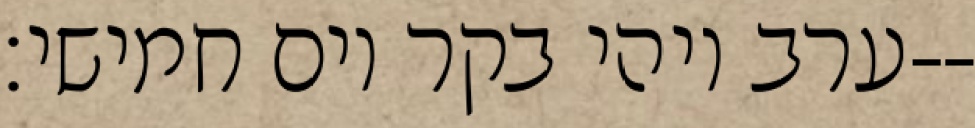
ערב ויהי בקר יום חמישי׃--